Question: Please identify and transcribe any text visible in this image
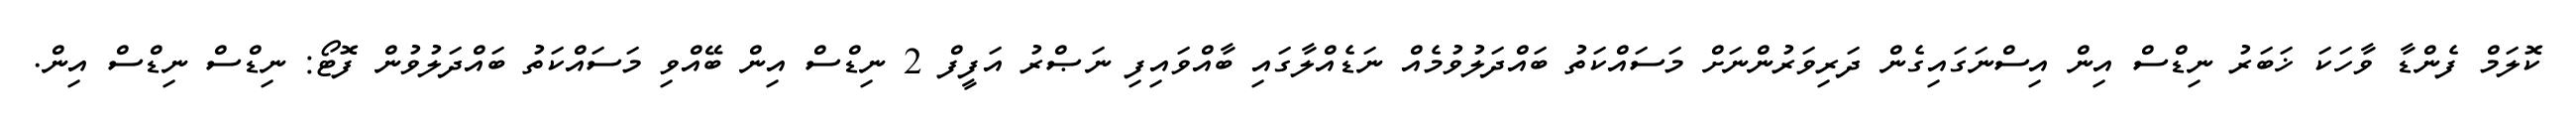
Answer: ކޮލަމް ފެންޑާ ވާހަކަ ޚަބަރު ނިޑްސް އިން އިސްނަގައިގެން ދަރިވަރުންނަށް މަސައްކަތު ބައްދަލުވުމެއް ނަޑެއްލާގައި ބާއްވައިފި ނަޞްރު އަފީފް 2 ނިޑްސް އިން ބޭއްވި މަސައްކަތު ބައްދަލުވުން ފޮޓޯ: ނިޑްސް ނިޑްސް އިން.